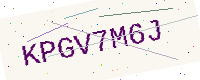
Text: KPGV7M6J